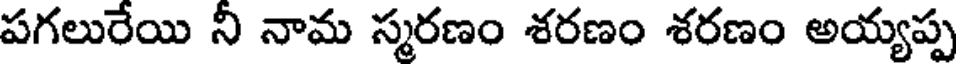
పగలురేయి నీ నామ స్మరణం శరణం శరణం అయ్యప్ప